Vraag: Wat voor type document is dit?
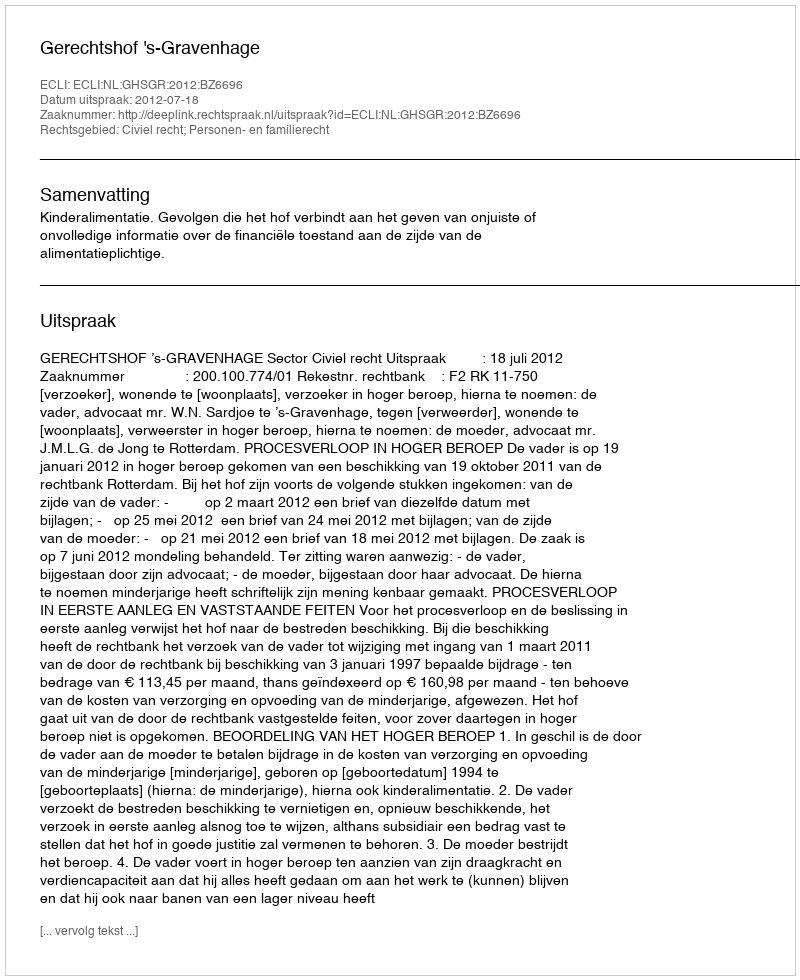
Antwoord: Uitspraak